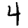
Digit: 4